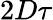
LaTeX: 2D\tau